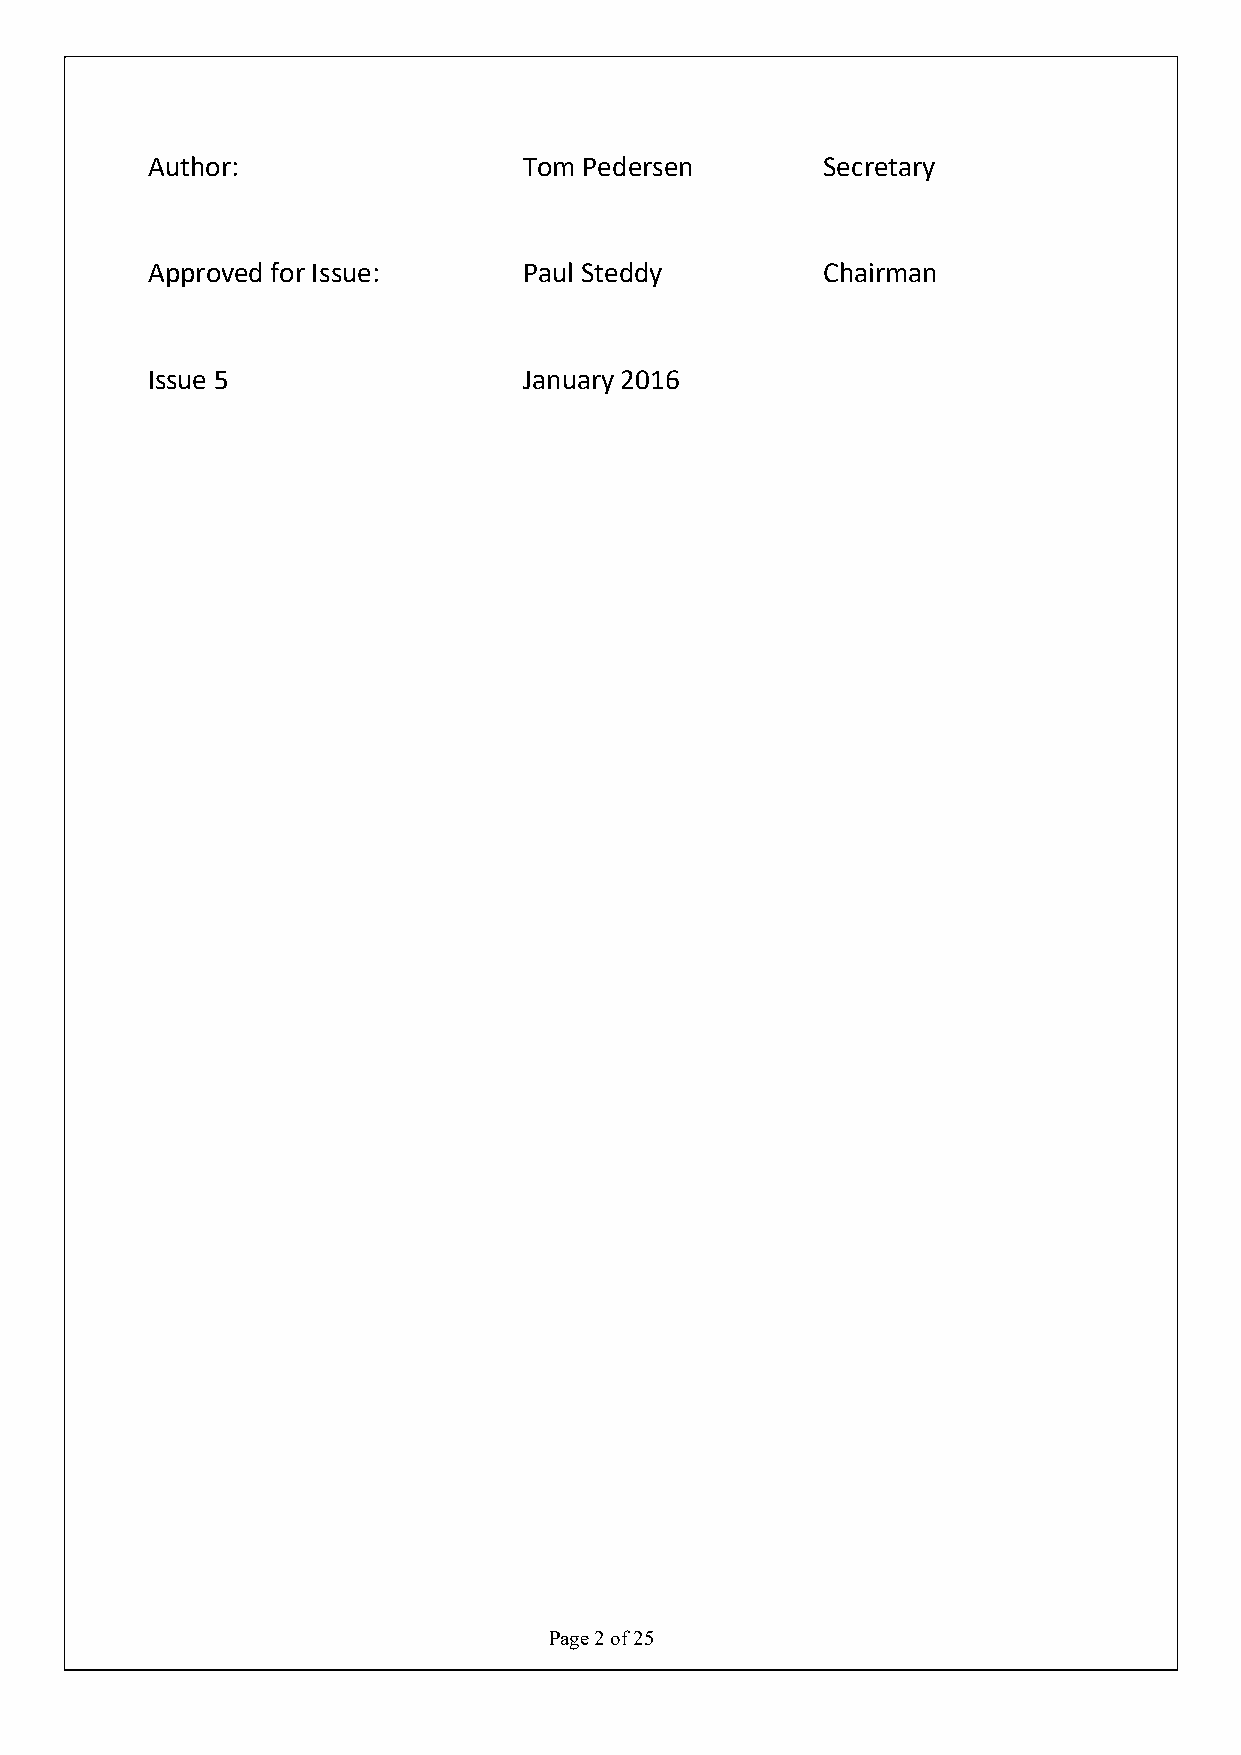
Author:                  Tom Pedersen       Secretary
 Approved for Issue:      Paul Steddy        Chairman
 Issue 5                  January 2016
 Page 2 of 25